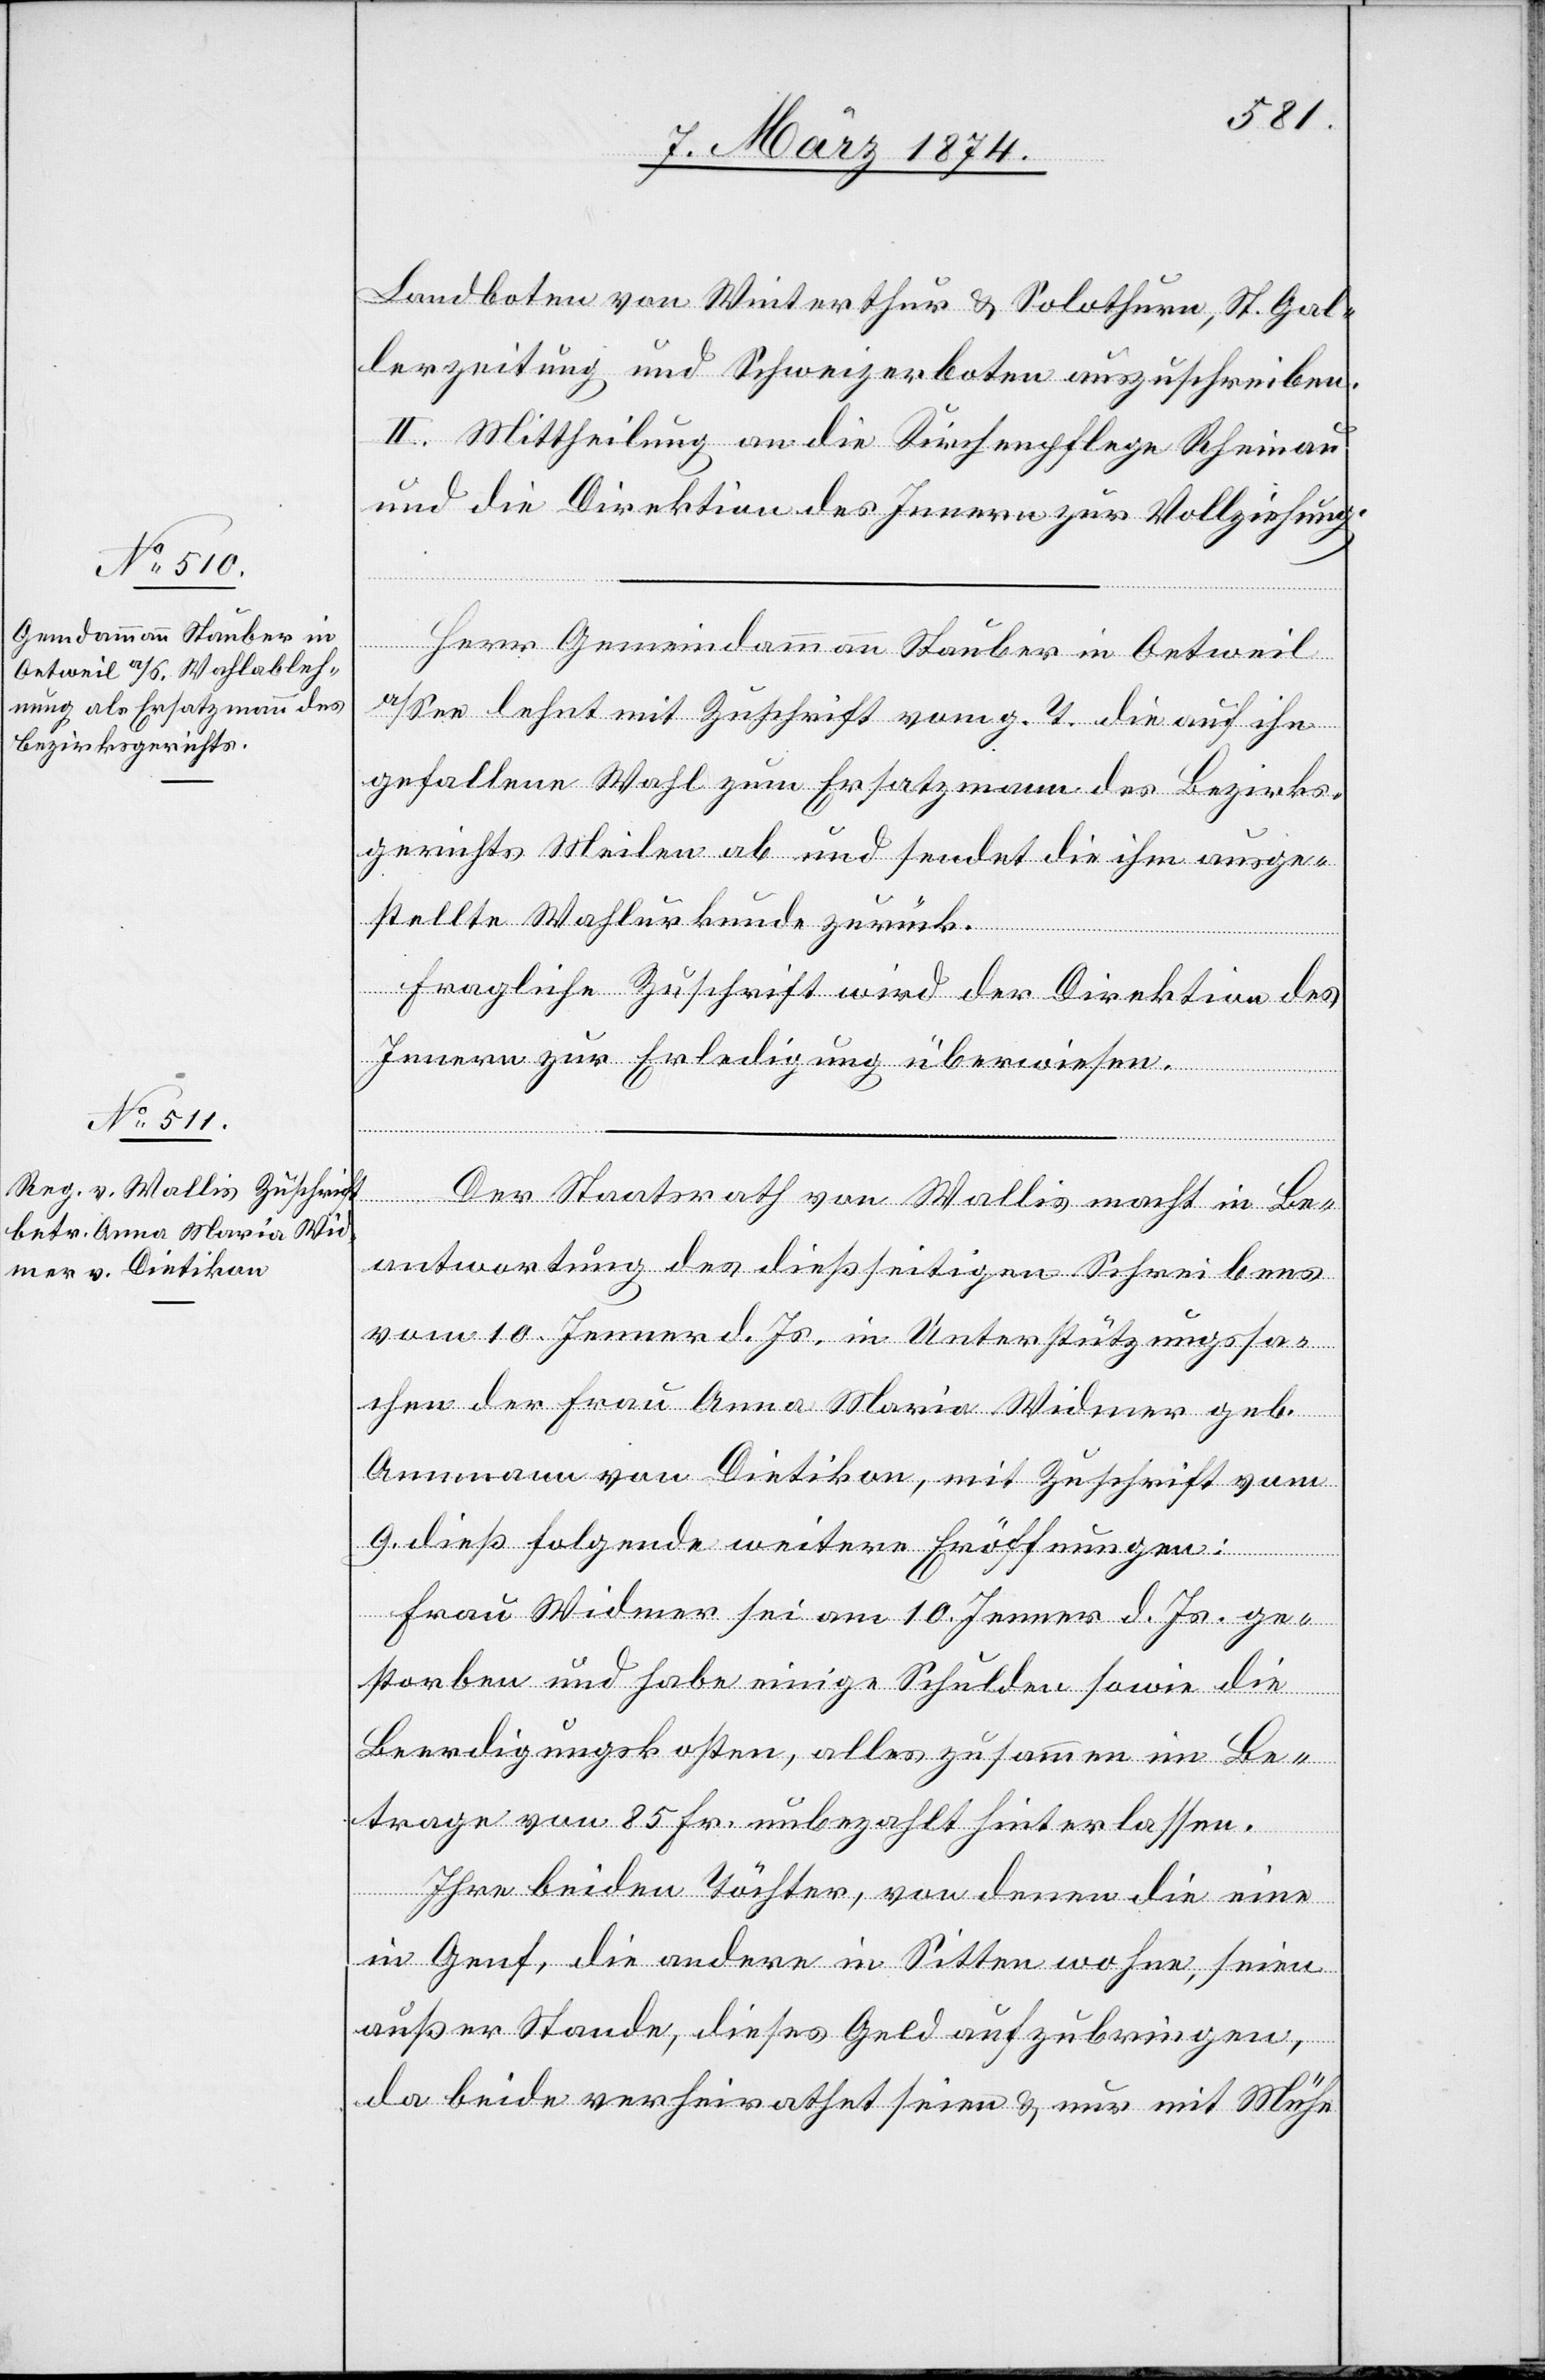
11. März 1874.]
Landboten von Winterthur u. Solothurn, St. Gal¬
lerzeitung und Schweizerboten auszuschreiben.
II. Mittheilung an die Kirchenpflege Rheinau
und die Direktion des Innern zur Vollziehung.
Herr Gemeindammann Stauber in Oetweil
a/See lehnt mit Zuschrift vom g. T. die auf ihn
gefallene Wahl zum Ersatzmann des Bezirks¬
gerichts Meilen ab und sendet die ihm ausge¬
stellte Wahlurkunde zurück.
Fragliche Zuschrift wird der Direktion des
Innern zur Erledigung überwiesen.
Der Staatsrath von Wallis macht in Be¬
antwortung des dießseitigen Schreibens
vom 10. Jenner d. Js. in Unterstützungssa¬
chen der Frau Anna Maria Widmer geb.
Ammann von Dietikon, mit Zuschrift vom
9. dieß folgende weitere Eröffnungen:
Frau Widmer sei am 10. Jenner d. Js. ge¬
storben und habe einige Schulden sowie die
Beerdigungskosten, alles zusammen im Be¬
trage von 85 Fr. unbezahlt hinterlassen.
Ihre beiden Töchter, von denen die eine
in Genf, die andere in Sitten wohne, seien
außer Stande, dieses Geld aufzubringen,
da beide verheirathet seien u. nur mit Mühe